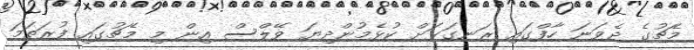
މެޗުގެ ދެވަނަ ހާފްގައި ރަނގަޅަށް ކުޅެމުންދިޔަ ވޭލްސް އިން މި މެޗުގައި ފުރަތަމަ